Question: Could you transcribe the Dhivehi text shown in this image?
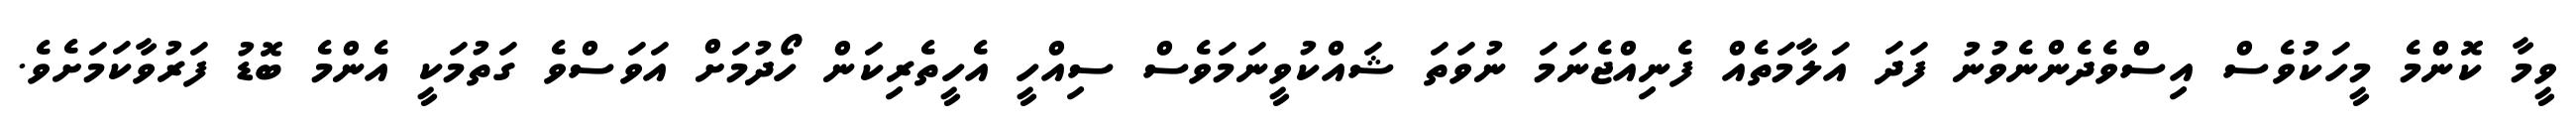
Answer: ވީމާ ކޮންމެ މީހަކުވެސް އިސްވެދެންނެވުނު ފަދަ އަލާމަތެއް ފެނިއްޖެނަމަ ނުވަތަ ޝައްކުވީނަމަވެސް ސިއްހީ އެހީތެރިކަން ހޯދުމަށް އަވަސްވެ ގަތުމަކީ އެންމެ ބޮޑު ފަރުވާކަމަށެވެ.